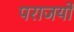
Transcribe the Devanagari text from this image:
पराजयो